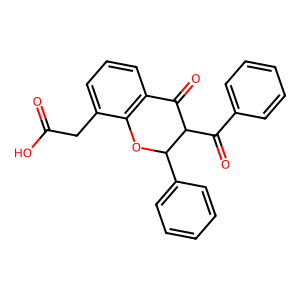
SMILES: O=C(O)Cc1cccc2c1OC(c1ccccc1)C(C(=O)c1ccccc1)C2=O
Inhibits HIV replication: No